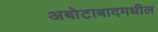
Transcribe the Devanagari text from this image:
अबोटाबादमधील